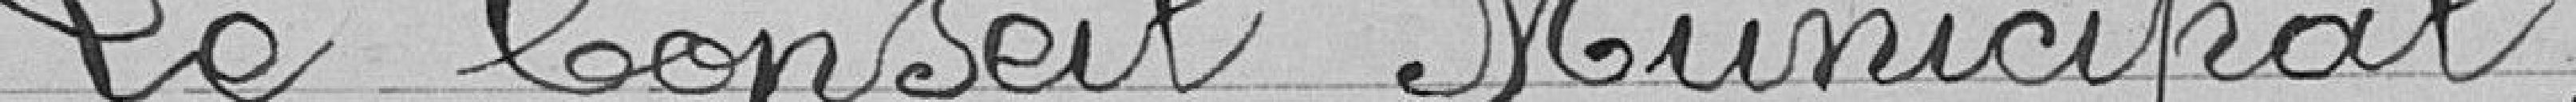
Le Conseil Municipal,